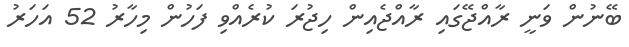
ބޭނުން ވަނީ ރާއްޖޭގައި ރާއްޖެއިން ހިޖުރަ ކުރެއްވި ފަހުން މިހާރު 52 އަހަރު